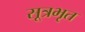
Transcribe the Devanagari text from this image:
सूत्रभृत